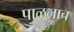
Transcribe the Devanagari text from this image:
पाळलाच